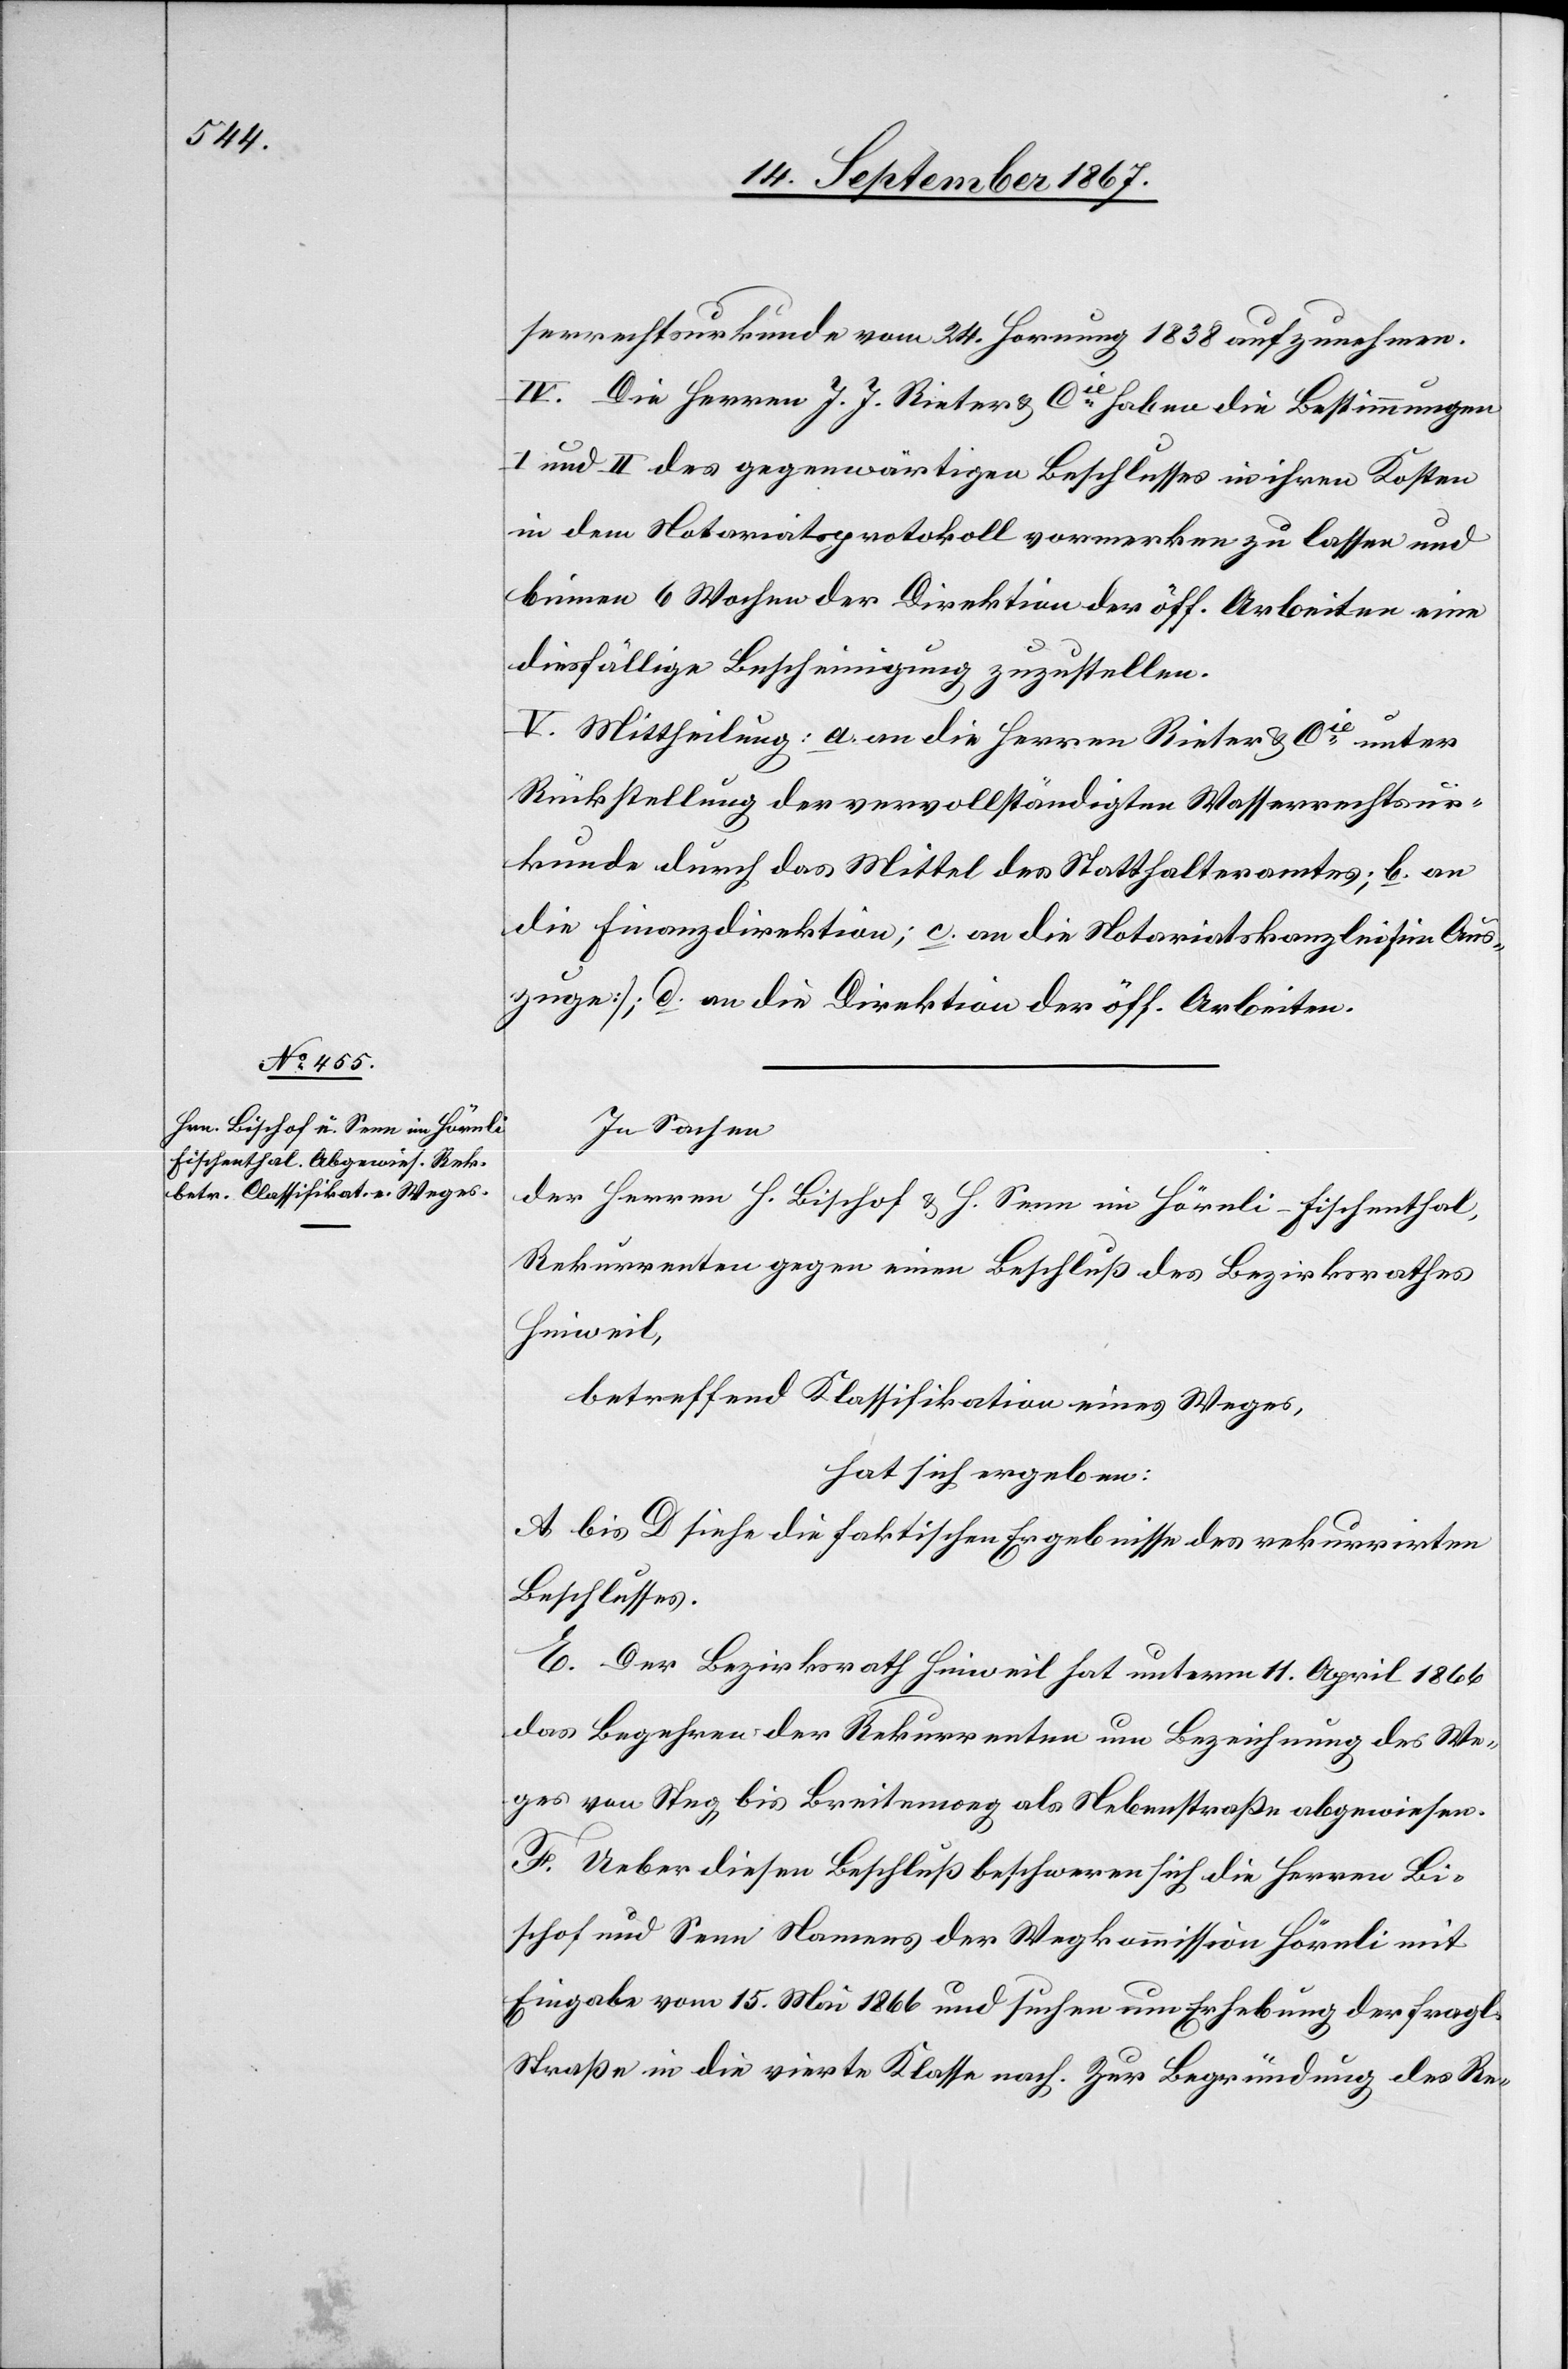
serrechtsurkunde vom 24. Hornung 1838 aufzunehmen.
IV. Die Herren J. J. Rieter u. Cie. haben die Bestimmungen
I und II des gegenwärtigen Beschlusses in ihren Kosten
in dem Notariatsprotokoll vormerken zu lassen und
binnen 6 Wochen der Direktion der öff. Arbeiten eine
diesfällige Bescheinigung zuzustellen.
V. Mittheilung: a. an die Herren Rieter u. Cie. unter
Rückstellung der vervollständigten Wasserrechtsur¬
kunde durch das Mittel des Statthalteramtes; b. an
die Finanzdirektion; c. an die Notariatskanzlei [im Aus¬
zuge]; d. an die Direktion der öff. Arbeiten.
In Sachen
der Herren H. Bischof u. H. Senn in Hörnli-Fischenthal,
Rekurrenten gegen einen Beschluß des Bezirksrathes
Hinweil,
betreffend Klassifikation eines Weges,
hat sich ergeben:
A bis D siehe die faktischen Ergebnisse des rekurrirten
Beschlusses.
E. Der Bezirksrath Hinweil hat unterm 11. April 1866
das Begehren der Rekurrenten um Bezeichnung des We¬
ges von Steg bis Breitenmoeg als Nebenstraße abgewiesen.
F. Ueber diesen Beschluß beschweren sich die Herren Bi¬
schof und Senn Namens der Wegkommission Hörnli mit
Eingabe vom 15. Mai 1866 und suchen um Erhebung der fragl.
Straße in die vierte Klasse nach. Zur Begründung des Re-